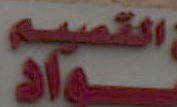
النواة